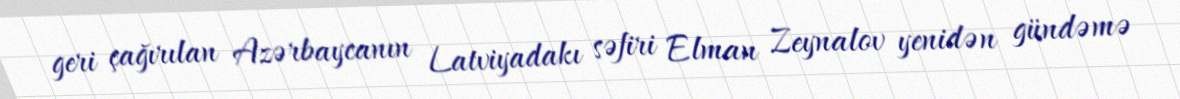
geri çağırılan Azərbaycanın Latviyadakı səfiri Elman Zeynalov yenidən gündəmə